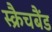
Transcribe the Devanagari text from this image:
स्क्रैचबैंड